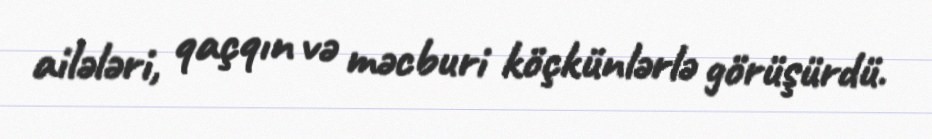
ailələri, qaçqın və məcburi köçkünlərlə görüşürdü.